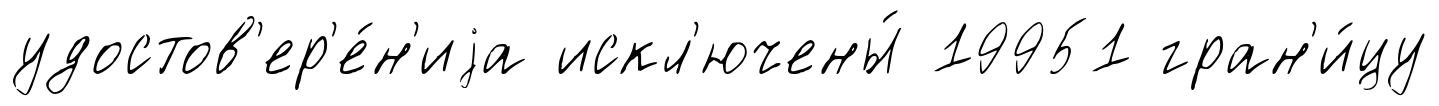
удостов'ер'е́н'иjа искл'ючены́ 19951 гран'и́цу